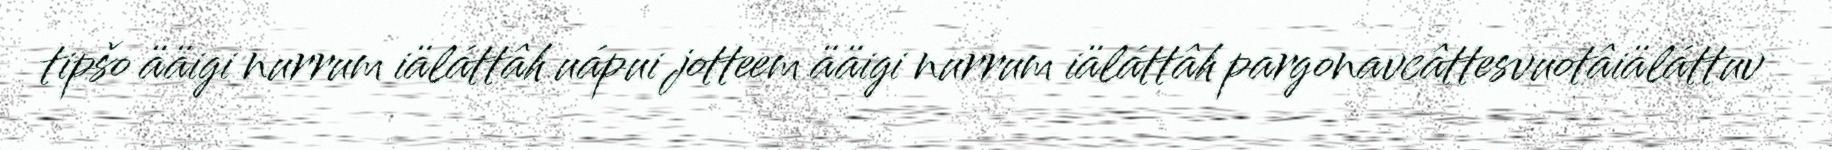
tipšo ääigi nurrum iäláttâh uápui jotteem ääigi nurrum iäláttâh pargonavcâttesvuotâiäláttuv